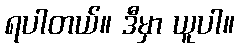
ရပါတယ်။ ဒီမှာ ယူပါ။